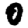
Digit: 0